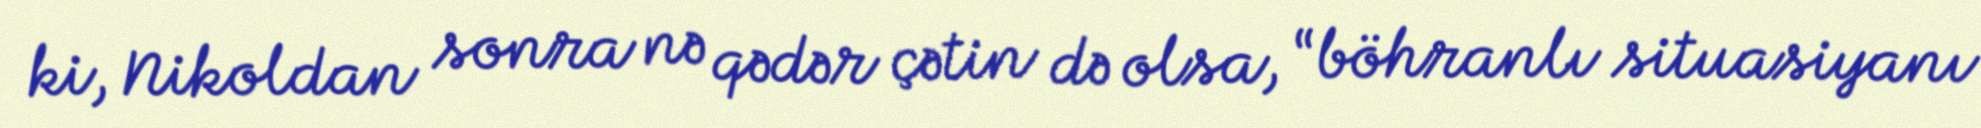
ki, Nikoldan sonra nə qədər çətin də olsa, “böhranlı situasiyanı